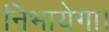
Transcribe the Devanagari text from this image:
निभायेगा।